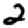
Digit: 2